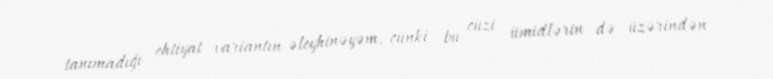
tanımadığı ehtiyat variantın əleyhinəyəm, çünki bu cüzi ümidlərin də üzərindən